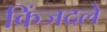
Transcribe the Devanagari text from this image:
किंजदले